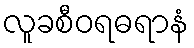
လူခစီဝရဓရာနံ